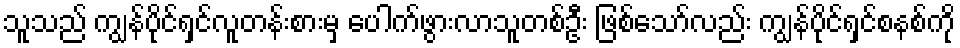
သူသည် ကျွန်ပိုင်ရှင်လူတန်းစားမှ ပေါက်ဖွားလာသူတစ်ဦး ဖြစ်သော်လည်း ကျွန်ပိုင်ရှင်စနစ်ကို